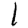
Digit: 1